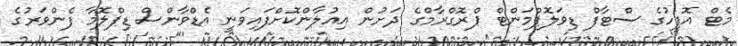
މެޓް އޮފީހުގެ ސްޓާފް ޑިވަލޮޕްމަންޓް ޕްރޮގްރާމްގެ ދަށުން އިއުލާންކޮށްފައިވަނީ އެޑްވާންސް ޑިޕްލޮމާ ފެންވަރުގެ